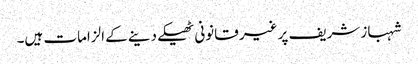
شہباز شریف پر غیر قانونی ٹھیکے دینے کے الزامات ہیں۔